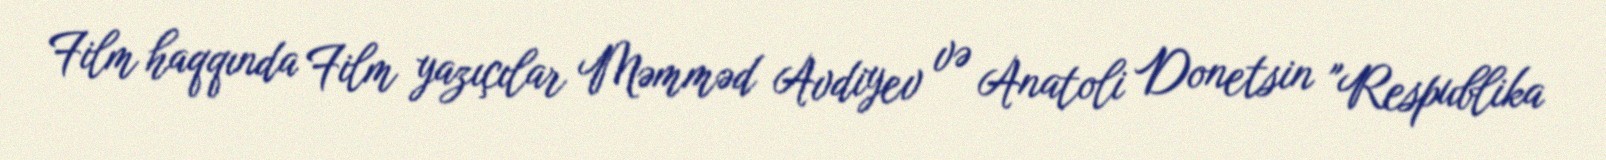
Film haqqında Film yazıçılar Məmməd Avdiyev və Anatoli Donetsin "Respublika